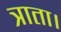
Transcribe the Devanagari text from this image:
त्राता।